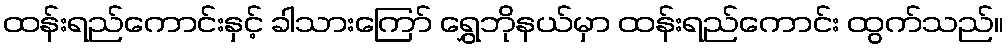
ထန်းရည်ကောင်းနှင့် ခါသားကြော် ရွှေဘိုနယ်မှာ ထန်းရည်ကောင်း ထွက်သည်။